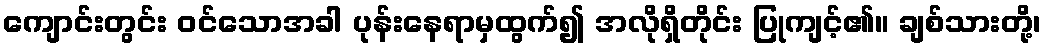
ကျောင်းတွင်း ဝင်သောအခါ ပုန်းနေရာမှထွက်၍ အလိုရှိတိုင်း ပြုကျင့်၏။ ချစ်သားတို့၊